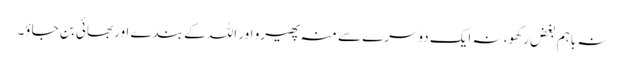
نہ باہم بغض رکھو، نہ ایک دوسرے سے منہ پھیرو اور اللہ کے بندے اور بھائی بن جاؤ۔